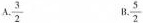
A.\frac{3}{2} B.\frac{5}{2}